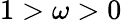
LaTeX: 1>\omega>0